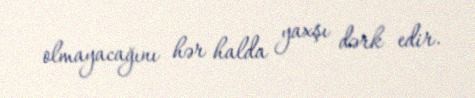
olmayacağını hər halda yaxşı dərk edir.